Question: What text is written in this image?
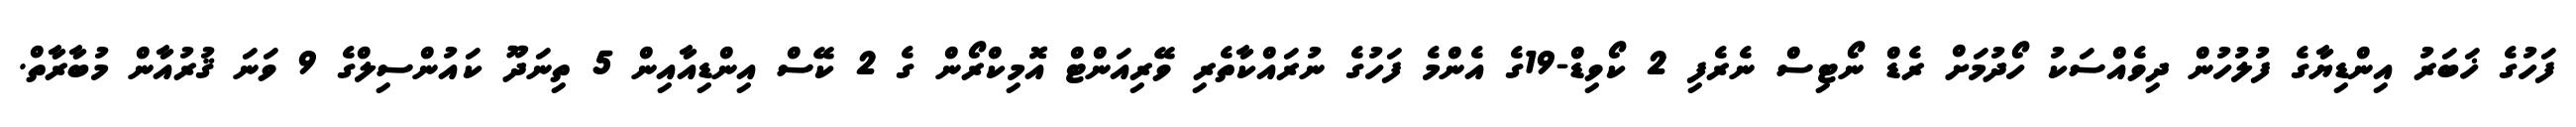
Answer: ފަހުގެ ޚަބަރު އިންޑިޔާގެ ފުލުހުން ދިވެއްސަކު ހޯދުމަށް ރެޑް ނޯޓިސް ނެރެފި 2 ކޯވިޑް-19ގެ އެންމެ ފަހުގެ ނުރައްކާތެރި ވޭރިއަންޓް އޮމިކްރޯން ގެ 2 ކޭސް އިންޑިއާއިން 5 ތިނަދޫ ކައުންސިލްގެ 9 ވަނަ ޤުރުއާން މުބާރާތް.